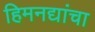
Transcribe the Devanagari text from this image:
हिमनद्यांचा